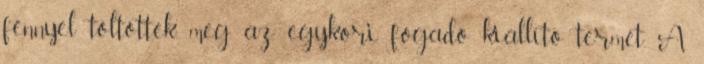
fénnyel töltötték meg az egykori fogadó kiállító termét. A